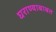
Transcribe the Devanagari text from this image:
घराण्याबाबत